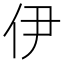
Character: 伊